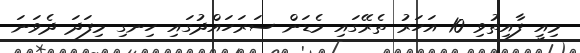
މިއީ ފާއިތުވި 10 އަހަރު ތެރޭގައި މެޑަން ސަރަހައްދުގައި ހިނގި މިފަދަ ދެވަނަ